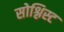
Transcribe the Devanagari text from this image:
सोश्लिस्ट